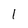
Character: 1